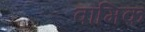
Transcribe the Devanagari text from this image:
वामिक़